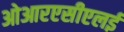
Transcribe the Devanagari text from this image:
ओआरएसीएलई